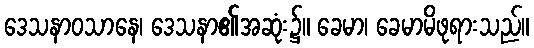
ဒေသနာဝသာနေ၊ ဒေသနာ၏အဆုံး၌။ ခေမာ၊ ခေမာမိဖုရားသည်။